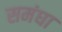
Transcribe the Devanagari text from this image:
समंघा